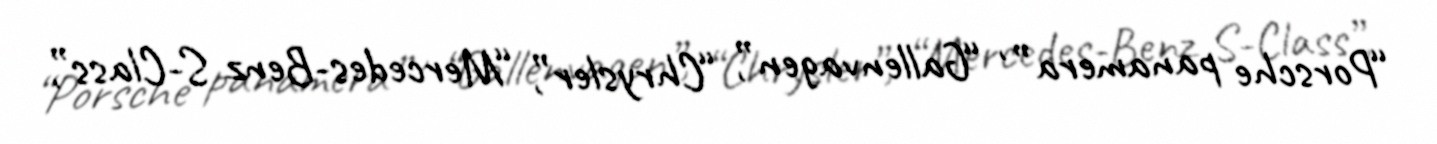
“Porsche panamera” , “Gallenvagen”, “Chrysler”, “Mercedes-Benz S-Class”,